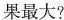
果最大?